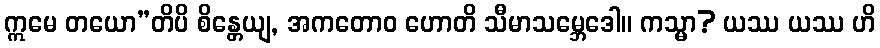
ဣမေ တယော”တိပိ စိန္တေယျ, အကတောဝ ဟောတိ သီမာသမ္ဘေဒေါ။ ကသ္မာ? ယဿ ယဿ ဟိ